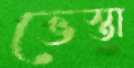
ভেস্তা